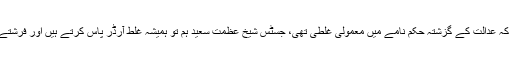
وکیل سی ڈی اے نے کہا کہ عدالت کے گزشتہ حکم نامے میں معمولی غلطی تھی، جسٹس شیخ عظمت سعید ہم تو ہمیشہ غلط آرڈر پاس کرتے ہیں اور فرشتے تو سی ڈی اے والے ہیں۔